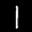
Label: 1